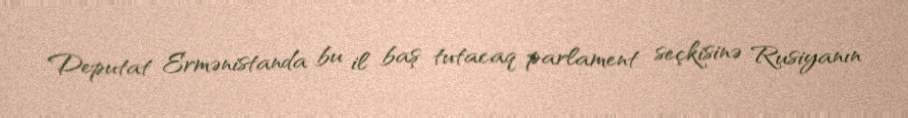
Deputat Ermənistanda bu il baş tutacaq parlament seçkisinə Rusiyanın